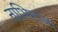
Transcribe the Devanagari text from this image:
नाभिराजा